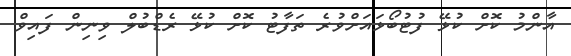
އާންމު ކޮށް ކުޅޭ ފުޓުބޯޅައަށްވުރެ ތަފާޓު ކޮށް ކުޅޭ ރެޑްބުލް ވިނިން ފައިވް